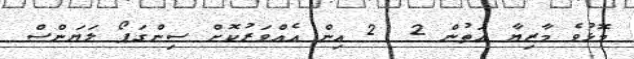
މޮޅުވެ މާޒިޔާ އަތުން 2  2 އިން އެއްވަރުކޮށް ސިންގަޕޯ ލަޔަންސް